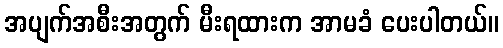
အပျက်အစီးအတွက် မီးရထားက အာမခံ ပေးပါတယ်။